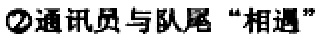
\textcircled{2}通讯员与队尾“相遇”